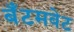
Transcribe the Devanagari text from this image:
बॅंटमवेट